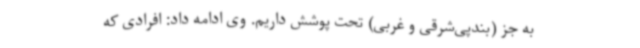
به جز (بندپی‌شرقی و غربی) تحت پوشش داریم. وی ادامه داد: افرادی که